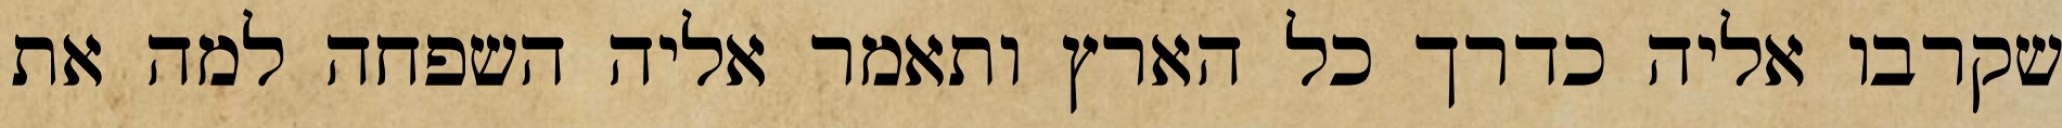
שקרבו אליה כדרך כל הארץ ותאמר אליה השפחה למה את